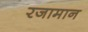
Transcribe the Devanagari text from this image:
रजामान